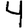
Digit: 4